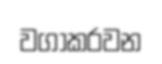
වගාකරවන